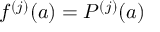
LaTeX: f ^ { ( j ) } ( a ) = P ^ { ( j ) } ( a )